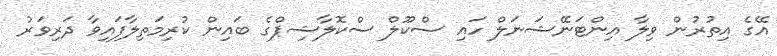
އޭގެ އިތުރުން ވިލާ އިންޓަނޭޝަނަލް ހައި ސްކޫލް ސްކޮލާޝިޕްގެ ބައިން ކުރިމަތިލާފައިވާ ދަރިވަރު